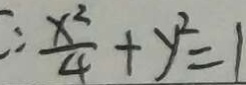
: \frac { x ^ { 2 } } { 4 } + y ^ { 2 } = 1